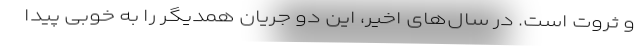
و ثروت است. در سال‌های اخیر، این دو جریان همدیگر را به خوبی پیدا